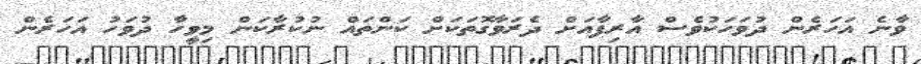
ވާނެ އަހަރެން ދުވަހަކުވެސް އާރިފާއަށް ދެރަވާގޮތަކަށް ކަންތައް ނުކުރާކަން މިވީހާ ދުވަހު އަހަރެން